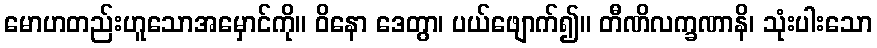
မောဟတည်းဟူသောအမှောင်ကို။ ဝိနော ဒေတွာ၊ ပယ်ဖျောက်၍။ တီဏိလက္ခဏာနိ၊ သုံးပါးသော